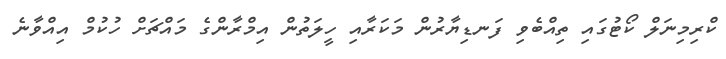
ކްރިމިނަލް ކޯޓުގައި ތިއްބެވި ފަނޑިޔާރުން މަކަރާއި ހީލަތުން އިމްރާންގެ މައްޗަށް ހުކުމް އިއްވާނެ